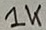
Text: 1K